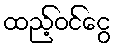
ထည့်ဝင်ငွေ